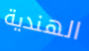
الهندية